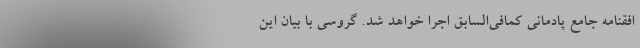
افقنامه جامع پادمانی کمافی‌السابق اجرا خواهد شد. گروسی با بیان این